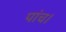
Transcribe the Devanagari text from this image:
पांच।